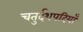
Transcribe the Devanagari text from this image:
चतुर्दशपदियाँ